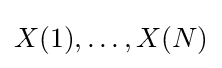
X(1),\dots ,X(N)